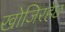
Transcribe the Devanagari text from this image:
खोजिरहेछ